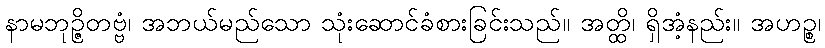
နာမဘုဉ္ဇိတဗ္ဗံ၊ အဘယ်မည်သော သုံးဆောင်ခံစားခြင်းသည်။ အတ္ထိ၊ ရှိအံ့နည်း။ အဟဉ္စ၊